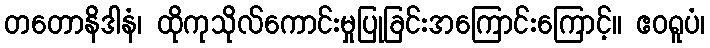
တတောနိဒါနံ၊ ထိုကုသိုလ်ကောင်းမှုပြုခြင်းအကြောင်းကြောင့်။ ဧဝရူပံ၊